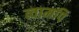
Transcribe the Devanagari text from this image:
त्वामपि